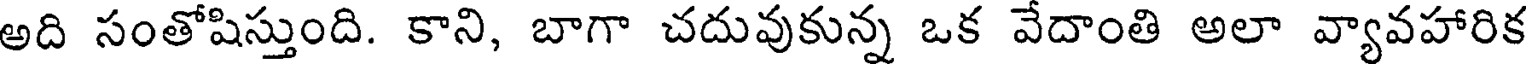
అది సంతోషిస్తుంది. కాని, బాగా చదువుకున్న ఒక వేదాంతి అలా వ్యావహారిక